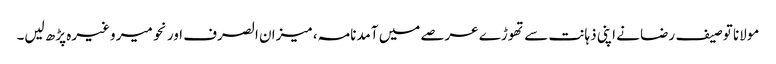
مولانا توصیف رضا نے اپنی ذہانت سے تھوڑے عرصے میں آمدنامہ، میزان الصرف اور نحو میر وغیرہ پڑھ لیں۔